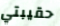
حقيبتي